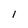
Character: 1